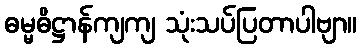
ဓမ္မဓိဋ္ဌာန်ကျကျ သုံးသပ်ပြတာပါဗျာ။